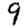
Digit: 9